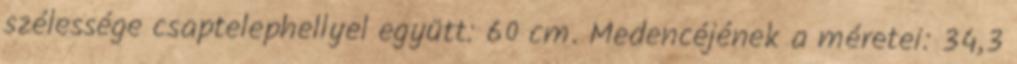
szélessége csaptelephellyel együtt: 60 cm. Medencéjének a méretei: 34,3